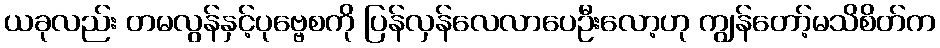
ယခုလည်း တမလွန်နှင့်ပုဗ္ဗေစကို ပြန်လှန်လေလာပေဦးလော့ဟု ကျွန်တော့်မသိစိတ်က